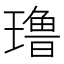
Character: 𰢑